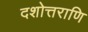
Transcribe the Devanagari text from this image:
दशोत्तराणि